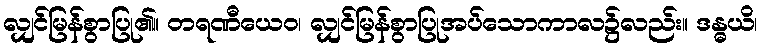
လျှင်မြန်စွာပြု၏။ တရဏီယေဝ၊ လျှင်မြန်စွာပြုအပ်သောကာလ၌လည်း။ ဒန္ဓယိ၊